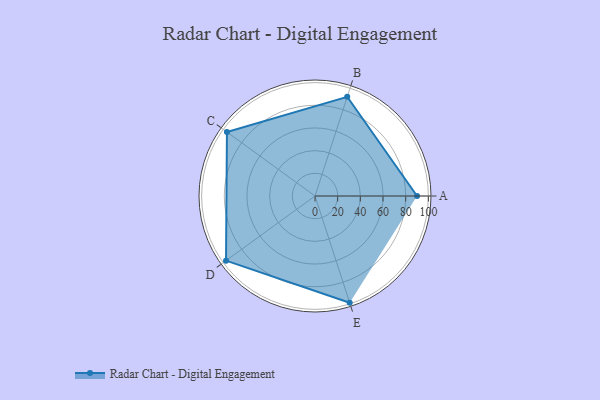
{"axis": {"x": "Skill", "y": "Score"}, "legend": ["Profile"], "data": [{"x": "A", "y": 90.0, "type": "Profile"}, {"x": "B", "y": 92.0, "type": "Profile"}, {"x": "C", "y": 96.0, "type": "Profile"}, {"x": "D", "y": 97.0, "type": "Profile"}, {"x": "E", "y": 99, "type": "Profile"}]}